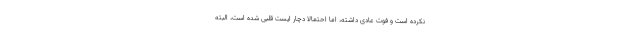
نکرده است و فوت عادی داشته، اما احتمالا دچار ایست قلبی شده است، البته